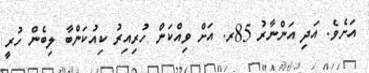
އަށެވެ. އަދި އަންނާރު 85ރ. އަށް ވިއްކަން ހުރިއިރު ކިއުކަންބާ ލިބެން ހުރީ